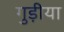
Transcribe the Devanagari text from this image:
गुड़ीया